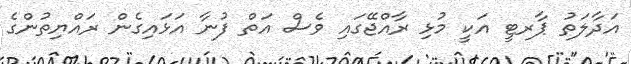
އަދާލަތު ޕާރޓީ އަކީ މުޅި ރާއްޖޭގައި ވެސް އަތް ފުނާ އަޅައިގެން ރައްޔިތުންގެ